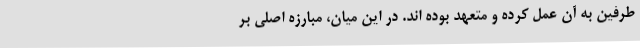
طرفین به آن عمل کرده و متعهد بوده اند. در این میان، مبارزه اصلی بر